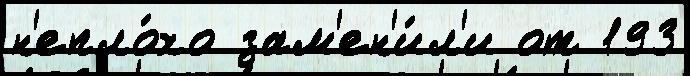
н'епло́хо зам'ен'и́л'и от 193